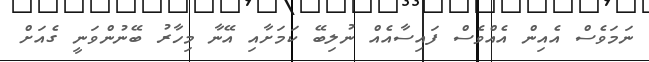
ނަމަވެސް އެއިން އެއްވެސް ފައިސާއެއް ނުލިބޭ ކަމަށާއި އޭނާ މިހާރު ބޭނުންވަނީ ގެއަށް